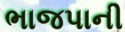
ભાજપાની